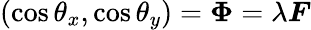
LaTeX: (\cos\theta_{x},\cos\theta_{y})=\boldsymbol\Phi=\lambda\boldsymbol F